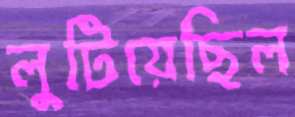
লুটিয়েছিল